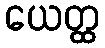
ယေတ္ထ